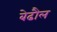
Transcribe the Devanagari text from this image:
बेढौल